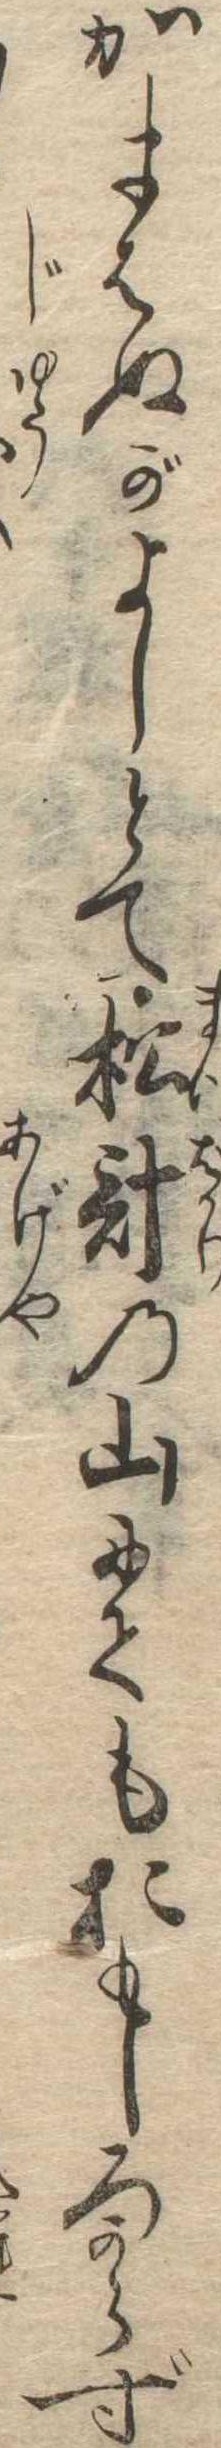
かまはぬがよしとて松計の山にてもおもしろからず